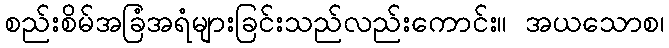
စည်းစိမ်အခြံအရံများခြင်းသည်လည်းကောင်း။ အယသောစ၊